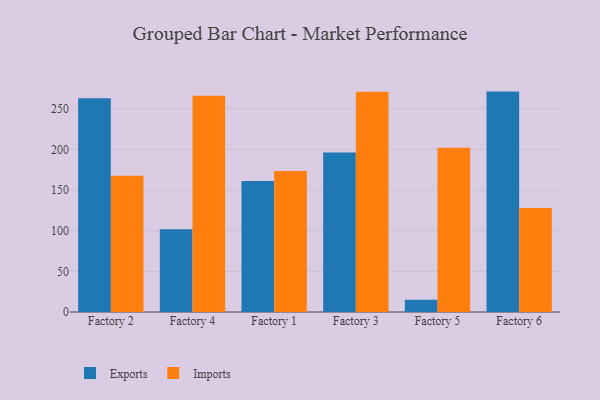
{"axis": {"x": "Factory", "y": "Budget (USD K)"}, "legend": ["Exports", "Imports"], "data": [{"x": "Factory 2", "y": 263.1, "type": "Exports"}, {"x": "Factory 2", "y": 167.8, "type": "Imports"}, {"x": "Factory 4", "y": 101.9, "type": "Exports"}, {"x": "Factory 4", "y": 266.0, "type": "Imports"}, {"x": "Factory 1", "y": 161.1, "type": "Exports"}, {"x": "Factory 1", "y": 173.6, "type": "Imports"}, {"x": "Factory 3", "y": 196.2, "type": "Exports"}, {"x": "Factory 3", "y": 271.0, "type": "Imports"}, {"x": "Factory 5", "y": 15.1, "type": "Exports"}, {"x": "Factory 5", "y": 202.2, "type": "Imports"}, {"x": "Factory 6", "y": 271.2, "type": "Exports"}, {"x": "Factory 6", "y": 128.0, "type": "Imports"}]}